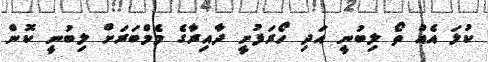
ކުލަ އެއް ތޯ ލިބުނީ އަދި ހޯރަފުށީ ދާއިރާގެ މެމްބަރަށް ލިބުނީ ކޮން